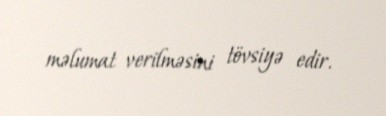
məlumat verilməsini tövsiyə edir.